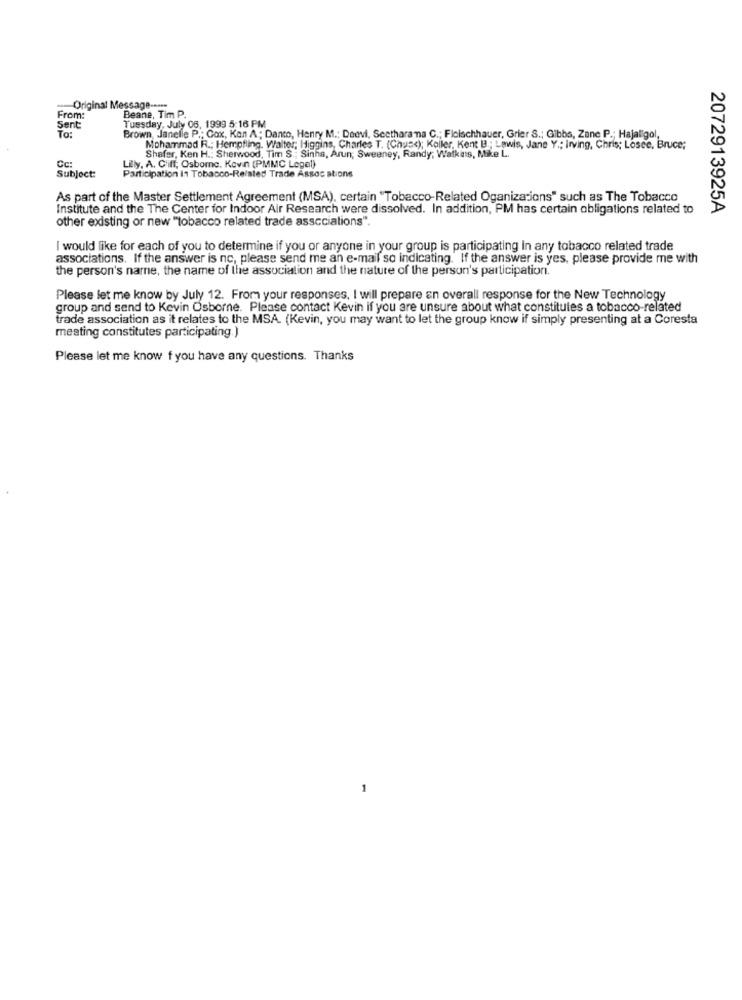
Original Message --***
From:
Beane, Tim P.
Sent
Tuesday, July 06, 1999 5:16 PM
To:
Brown, Janelle P .; Cox, Kan A ; Danto, Henry M .; Deovi, Seetharana C .; Fleischhauer, Grier S .; Gibbs, Zane P .; Hajaligol,
Mohammad R .; Hempfling. Walter; Higgins, Charles T. (Chusc); Koller, Kent B .; Lewis, Jane Y .; Irving, Chris; Losee, Bruce;
Cc:
Shafer, Ken H .: Sherwood, Tim S .; Sinha, Arun; Sweeney, Randy; Walkais, Mike L.
Lilly, A. Cliff; Osborne. Kevin (PMMC Legel)
Participation in Tobacco-Related Trade Assoc ations
Subject:
As part of the Master Settlement Agreement (MSA), certain "Tobacco-Related Oganizations" such as The Tobacco
Institute and the The Center for Indoor Air Research were dissolved. In addition, PM has certain obligations related to
2072913925A
other existing or new ""tobacco related trade associations".
I would like for each of you to determine if you or anyone in your group is participating In any tobacco related trade
associations. If the answer is nc, please send me an e-mail so indicating. If the answer is yes, please provide me with
the person's name, the name of the association and the nature of the person's participation.
Please let me know by July 12. From your responses, I will prepare an overall response for the New Technology
group and send to Kevin Osborne. Please contact Kevin if you are unsure about what constitutes a tobacco-related
trade association as it relates to the MSA. (Kevin, you may want to let the group know if simply presenting at a Coresta
meating constitutes participating. )
Please let me know f you have any questions. Thanks
1